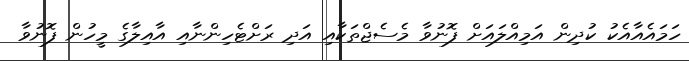
ހަމައެއާއެކު ކުދިން އަމިއްލައަށް ފޮނުވާ މެސެޖްތަކާއި އަދި ރަށްޓެހިންނާއި އާއިލާގެ މީހުން ފޮނުވާ